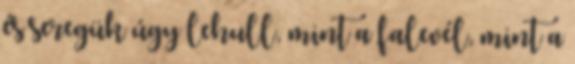
és seregük úgy lehull, mint a falevél, mint a